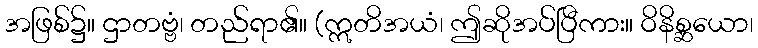
အဖြစ်၌။ ဌာတဗ္ဗံ၊ တည်ရာ၏။ (ဣတိအယံ၊ ဤဆိုအပ်ပြီကား။ ဝိနိစ္ဆယော၊